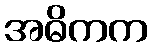
အဓိကက